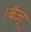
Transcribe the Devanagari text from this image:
।बैजू